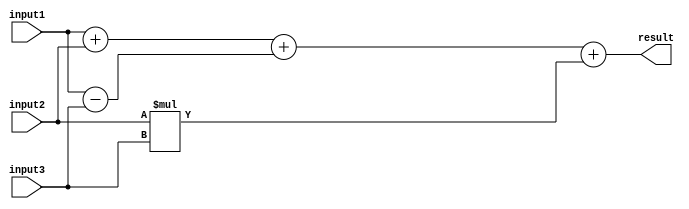
module TriplePrecisionFloatingPointUnit (
    input [63:0] input1,
    input [63:0] input2,
    input [63:0] input3,
    output reg [63:0] result
);

// Define signals for intermediate calculations
reg [63:0] temp1, temp2, temp3;

// Arithmetic operations
always @(*) begin
    temp1 = input1 + input2;
    temp2 = input1 - input3;
    temp3 = input2 * input3;
    
    // Additional arithmetic operations can be added here
    // like division, square root, etc.
    
    // Error checking and rounding logic can be added here
    
    result = temp1 + temp2 + temp3;
end

endmodule